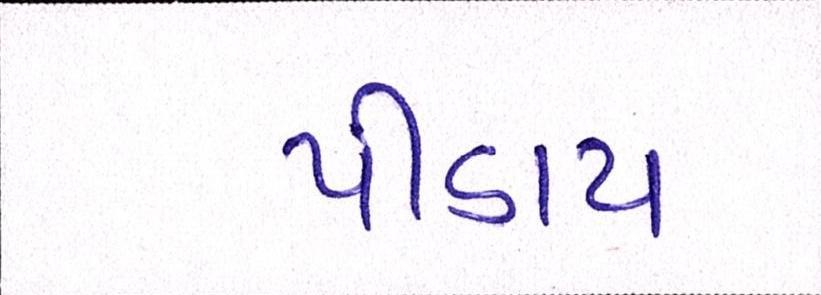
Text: પીડાય